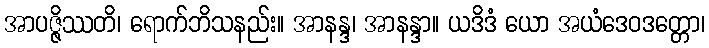
အာပဇ္ဇိဿတိ၊ ရောက်ဘိသနည်း။ အာနန္ဒ၊ အာနန္ဒာ။ ယဒိဒံ ယော အယံဒေဝဒတ္တော၊